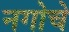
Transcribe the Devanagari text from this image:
नगोचे